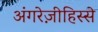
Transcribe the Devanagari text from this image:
अंगरेज़ीहिस्से